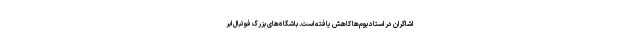
اشاگران در استادیوم‌ها کاهش یافته است. باشگاه‌های بزرگ فوتبال ابر